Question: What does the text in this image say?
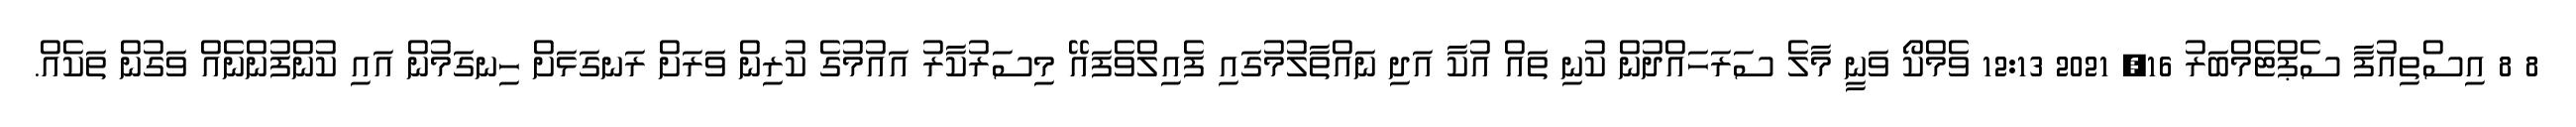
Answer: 8 8 އިސްތިއުފާ ސެޕްޓެމްބަރު 16, 2021 12:13 ވެމްކޯ ވަނީ މާލެ ސަރަހައްދުން ކުނި ތައް އުކާ އަދި ނައްތާލުމުގައި ފެއިލްވެފައޭ މިސަރުކާރު އައުމުގެ ކުރިން ވަރަށް ރަނގަޅަށް ހިނގަމުން އައި ކުންފުންނެއް ވަގުން ތަކެއް.